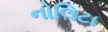
નોલિટા